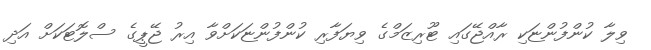
ވިލާ ކުންފުންޏަކި ރާއްޖޭގައި ޓޫރިޒަމްގެ ވިޔަފާރި ކުންފުންޏަކަށްވާ އިރު ޖޭޕީގެ ސްލޮޓަކަށް އަދި